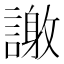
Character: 𮘴